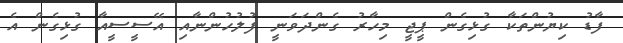
ފާޑު ކިޔުންތަކާ ގުޅިގެން ޕީޖީ މިހާރު ގެންދަވަނީ ފުލުހުންނާއި އޭސީސީއާ ގުޅިގެން އެ